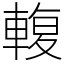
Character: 輹